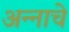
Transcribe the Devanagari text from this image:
अन्‍नाचे